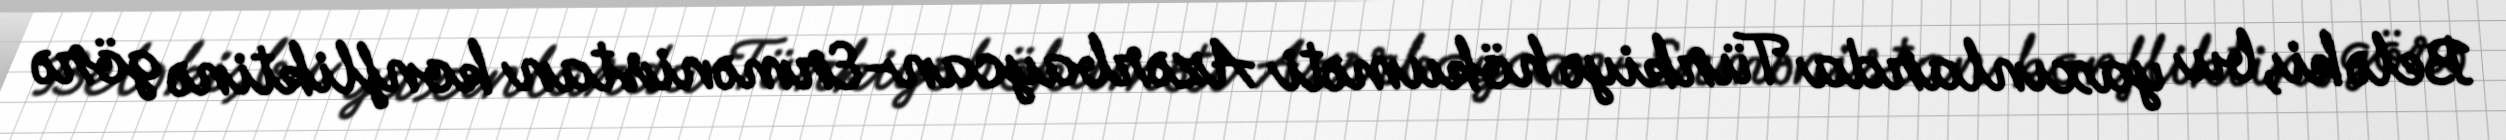
Belə ki, bu yaxınlarda Türkiyə hökuməti Azərbaycan-Ermənistan konfliktinə görə